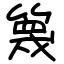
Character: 篾